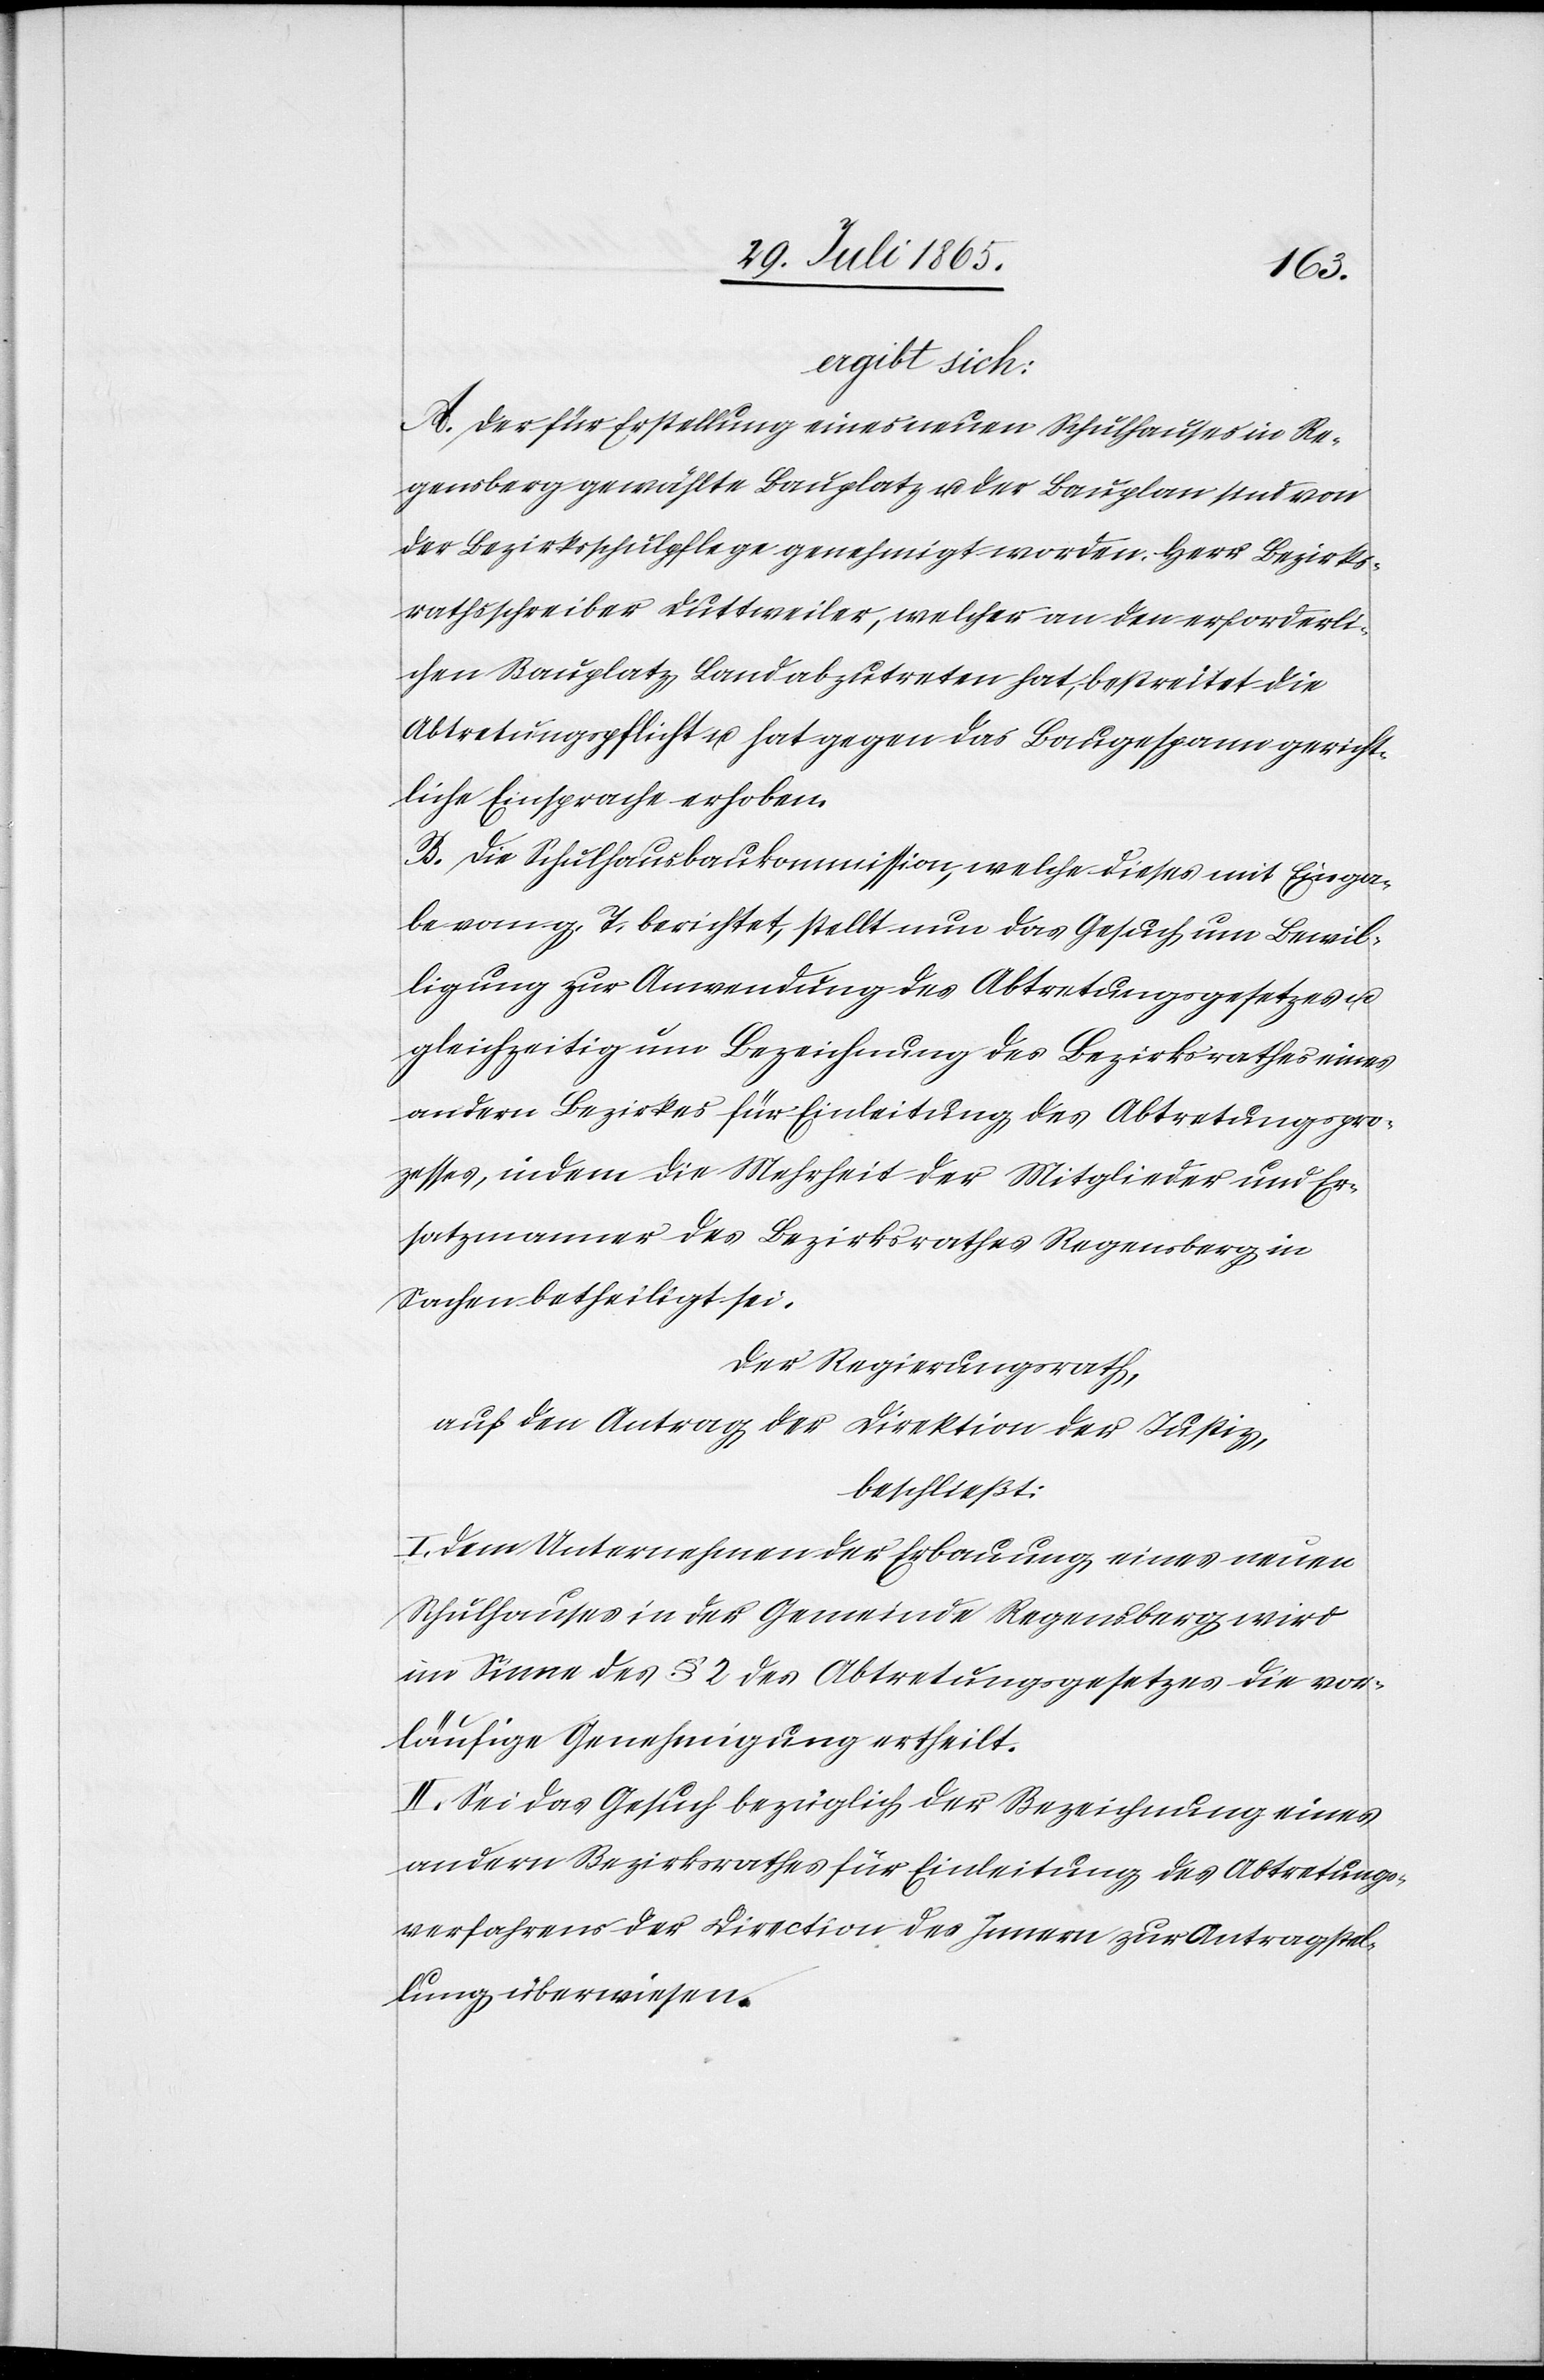
ergibt sich:
A. Der für Erstellung eines neuen Schulhauses in Re¬
genberg gewählte Bauplatz u. der Bauplan sind von
der Bezirksschulpflege genehmigt worden. Herr Bezirks¬
rathsschreiber Duttweiler, welcher an den erforderli¬
chen Bauplatz Land abzutreten hat, bestreitet die
Abtretungspflicht u. hat gegen das Baugespann gericht¬
liche Einsprache erhoben.
B. Die Schulhausbaukommission, welche dieses mit Einga¬
be vom g. T. berichtet, stellt nun das Gesuch um Bewil¬
ligung zur Anwendung des Abtretungsgesetzes u.
gleichzeitig um Bezeichnung des Bezirksrathes eines
andern Bezirkes für Einleitung des Abtretungspro¬
zesses, indem die Mehrheit der Mitglieder und Er¬
satzmanner des Bezirksrathes Regensberg in
Sachen betheiligt sei.
Der Regierungsrath,
auf den Antrag der Direktion der Justiz,
beschließt:
I. Dem Unternehmen der Erbauung eines neuen
Schulhauses in der Gemeinde Regensberg wird
im Sinne des § 2 des Abtretungsgesetzes die vor¬
läufige Genehmigung ertheilt.
II. Sei das Gesuch bezüglich der Bezeichnung eines
andern Bezirksrathes für Einleitung des Abtretungs¬
verfahrens der Direction des Innern zur Antragstel¬
lung überwiesen.